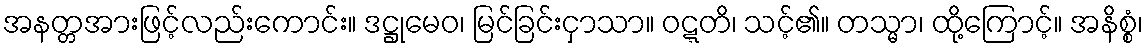
အနတ္တအားဖြင့်လည်းကောင်း။ ဒဋ္ဌုမေဝ၊ မြင်ခြင်းငှာသာ။ ဝဋ္ဋတိ၊ သင့်၏။ တသ္မာ၊ ထို့ကြောင့်။ အနိစ္စံ၊